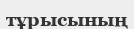
тұрысының